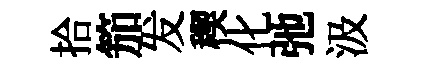
拾笳发稧化弛汲